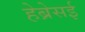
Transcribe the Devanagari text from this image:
हेब्रेसई